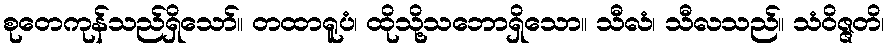
စုတေကုန်သည်ရှိသော်။ တထာရူပံ၊ ထိုသို့သဘောရှိသော။ သီလံ၊ သီလသည်။ သံဝိဇ္ဇတိ၊